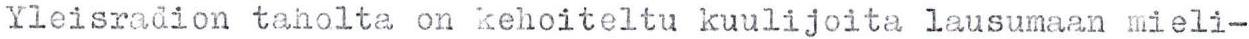
Yleisradion taholta on kehoiteltu kuulijoita lausumaan mieli-